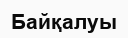
Байқалуы